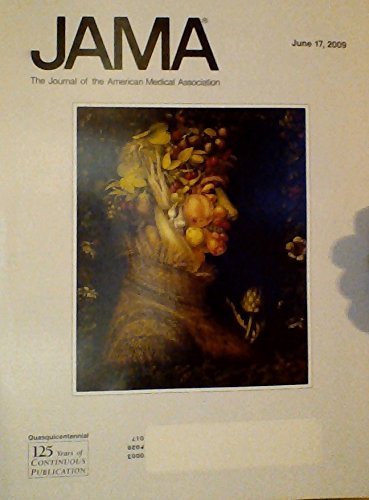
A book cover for Early Use of Polymyxin B Hemoperfusion in Abdominal Septic Shock: The UEPHAS Randomized Controlled Trial / Interaction Between the Serotonin Transporter Gene (5-HTTLPR), Stressful Life Events, and Risk of Depression: A Meta-analysis (JAMA: The Journal of the American Mediacl Association, Volume 301, Number 23, June 17, 2009); D. N. Cruz; Health, Fitness & Dieting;